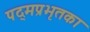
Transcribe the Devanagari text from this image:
पद्मप्रभृतका